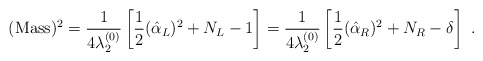
\begin{align*}({\rm Mass})^2 = {1\over 4\lambda_2^{(0)}} \left[ {1\over 2}(\hat{\alpha}_L)^2 + N_L - 1\right]= {1\over 4\lambda_2^{(0)}} \left[ {1\over 2} (\hat{\alpha}_R)^2 + N_R -\delta\right] ~.\end{align*}